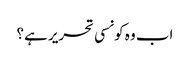
اب وہ کونسی تحریر ہے؟